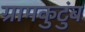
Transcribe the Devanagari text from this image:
ग्रामकुटुंब